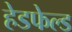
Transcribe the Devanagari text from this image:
हेडफेल्ड